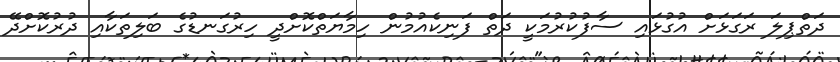
ދަތްޕިލަ ރަގަޅަށް އުގުޅައި ސާފުކުރުމަކީ ދަތް ފަނިކެއުމުން ހިމާޔަތްކޮށްދީ ހިރުގަނޑުގެ ބަލިތަކާއި ދުރުކޮށްދޭ